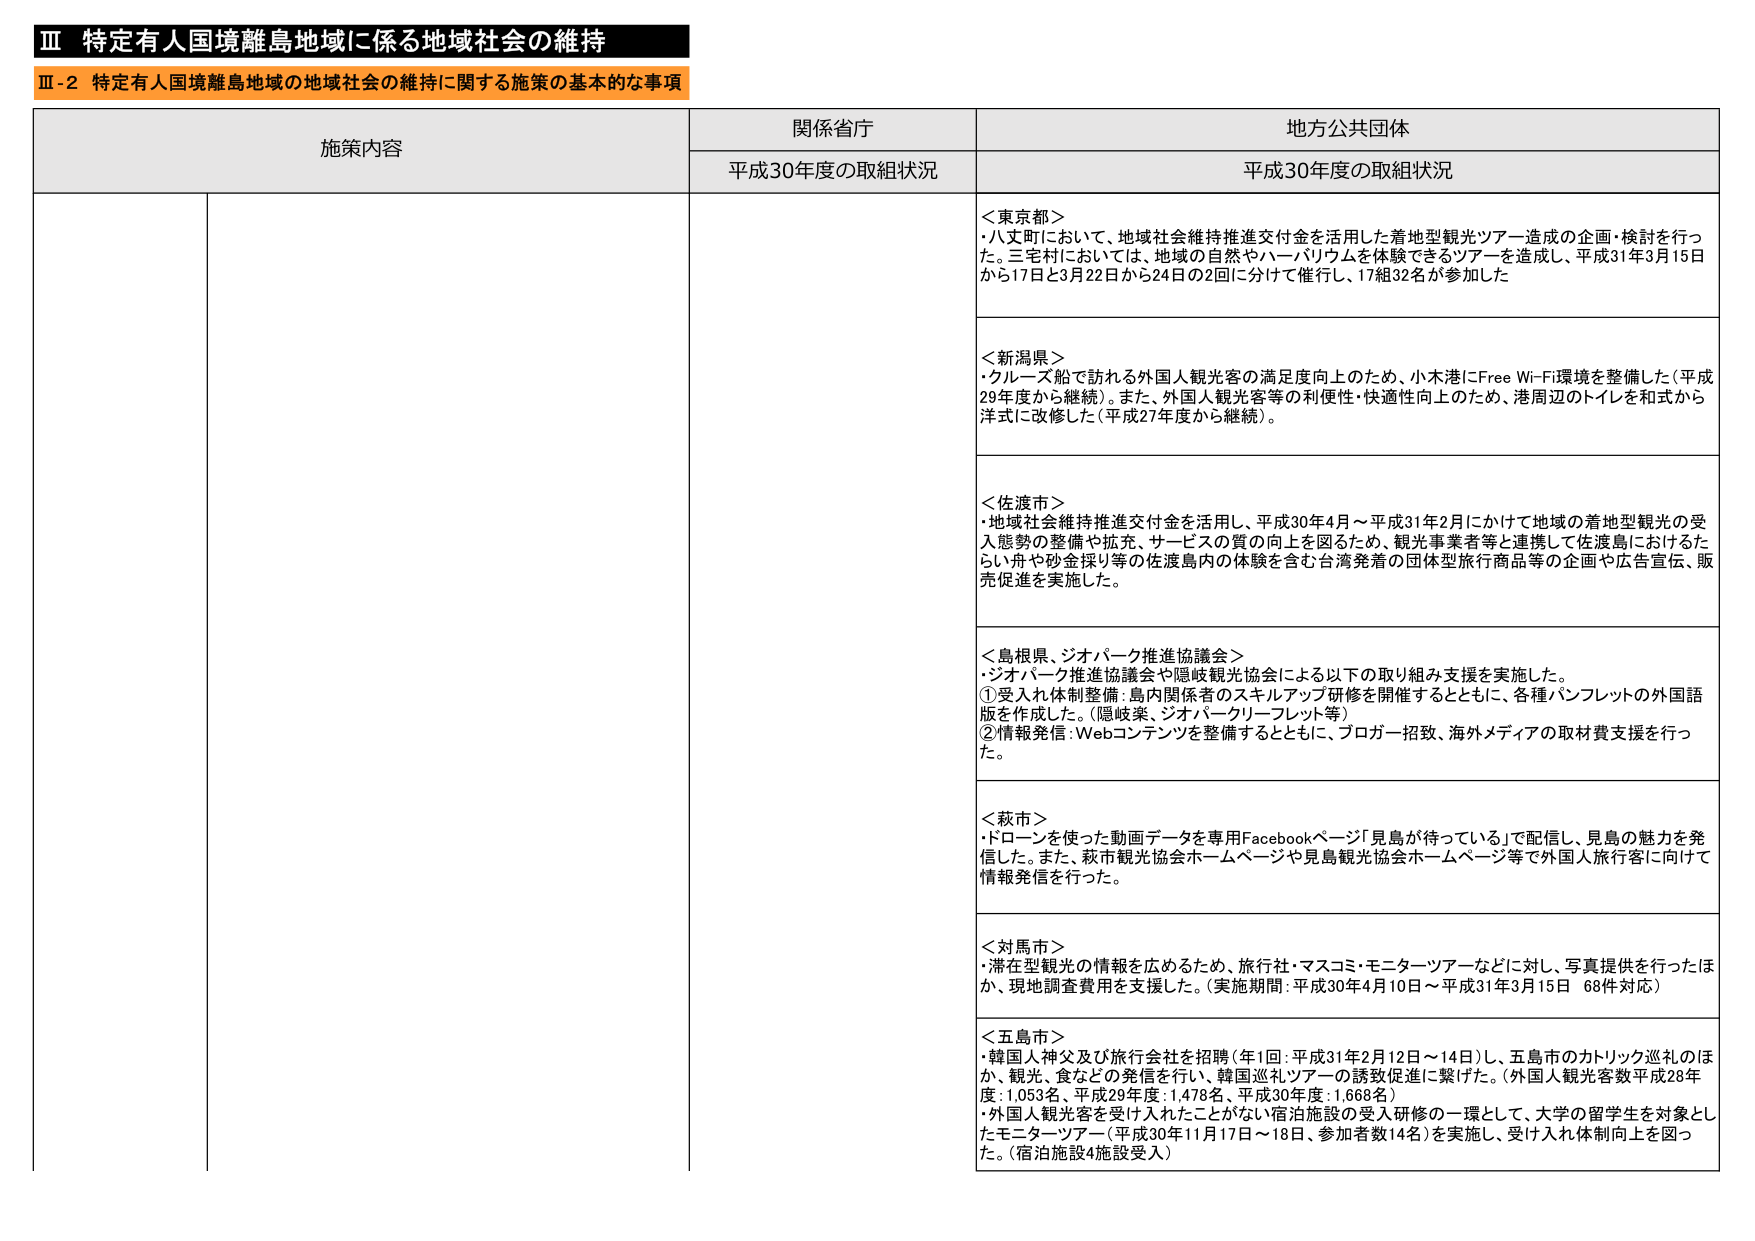
Ⅲ 特定有人国境離島地域に係る地域社会の維持
Ⅲ-2 特定有人国境離島地域の地域社会の維持に関する施策の基本的な事項

施策内容 関係省庁 地方公共団体
平成30年度の取組状況 平成30年度の取組状況

＜東京都＞
・八丈町において、地域社会維持推進交付金を活用した着地型観光ツアー造成の企画・検討を行った。三宅村においては、地域の自然やハーバリウムを体験できるツアーを造成し、平成31年3月15日から17日と3月22日から24日の2回に分けて催行し、17組32名が参加した

＜新潟県＞
・クルーズ船で訪れる外国人観光客の満足度向上のため、小木港にFree Wi-Fi環境を整備した（平成29年度から継続）。また、外国人観光客等の利便性・快適性向上のため、港周辺のトイレを和式から洋式に改修した（平成27年度から継続）。

＜佐渡市＞
・地域社会維持推進交付金を活用し、平成30年4月～平成31年2月にかけて地域の着地型観光の受入態勢の整備や拡充、サービスの質の向上を図るため、観光事業者等と連携して佐渡島におけるたらい舟や砂金採り等の体験を含む台湾発着の団体型旅行商品等の企画や広告宣伝、販売促進を実施した。

＜島根県、ジオパーク推進協議会＞
・ジオパーク推進協議会や隠岐観光協会による以下の取り組み支援を実施した。
①受入れ体制整備：島内関係者のスキルアップ研修を開催するとともに、各種パンフレットの外国語版を作成した。（隠岐楽、ジオパークリーフレット等）
②情報発信：Webコンテンツを整備するとともに、ブロガー招致、海外メディアの取材費支援を行った。

＜萩市＞
・ドローンを使った動画データを専用Facebookページ「見島が待っている」で配信し、見島の魅力を発信した。また、萩市観光協会ホームページや見島観光協会ホームページ等で外国人旅行客に向けて情報発信を行った。

＜対馬市＞
・滞在型観光の情報を広めるため、旅行社・マスコミ・モニターツアーなどに対し、写真提供を行ったほか、現地調査費用を支援した。（実施期間：平成30年4月10日～平成31年3月15日 68件対応）

＜五島市＞
・韓国人神父及び旅行会社を招聘（年1回：平成31年2月12日～14日）し、五島市のカトリック巡礼のほか、観光、食などの発信を行い、韓国巡礼ツアーの誘致促進に繋げた。（外国人観光客数平成28年度：1,053名、平成29年度：1,478名、平成30年度：1,668名）
・外国人観光客を受け入れることができない宿泊施設の受入研修の一環として、大学の留学生を対象としたモニターツアー（平成30年11月17日～18日、参加者数14名）を実施し、受け入れ体制向上を図った。（宿泊施設4施設受入）